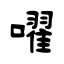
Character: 嚁